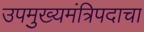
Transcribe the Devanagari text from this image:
उपमुख्यमंत्रिपदाचा